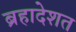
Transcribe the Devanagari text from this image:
ब्रहादेशत